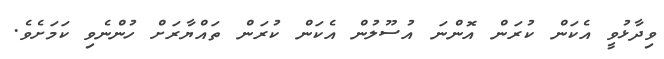
ވިދާޅުވީ އެކަން ކުރަން އޮންނަ އުސޫލުން އެކަން ކުރަން ތައްޔާރަށް ހުންނެވި ކަމަށެވެ.